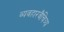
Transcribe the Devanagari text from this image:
व्यवहारवैचित्र्य